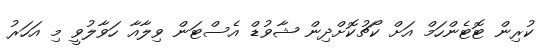
ކުރިން ޓޮޓެންހަމް އަށް ކޯޗުކޮށްދިން ޝާވުޑް އެސްޓަން ވިލާއާ ހަވާލުވީ މި އަހަރު